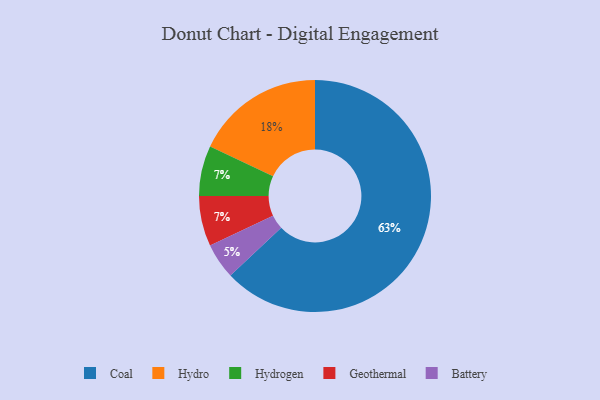
{"axis": {"x": "Category", "y": "Percentage"}, "legend": ["Battery", "Coal", "Geothermal", "Hydro", "Hydrogen"], "data": [{"x": "Battery", "y": 5, "type": "Battery"}, {"x": "Hydrogen", "y": 7, "type": "Hydrogen"}, {"x": "Coal", "y": 63, "type": "Coal"}, {"x": "Hydro", "y": 18, "type": "Hydro"}, {"x": "Geothermal", "y": 7, "type": "Geothermal"}]}